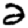
Digit: 2